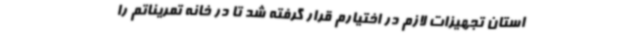
استان تجهیزات لازم در اختیارم قرار گرفته شد تا در خانه تمریناتم را